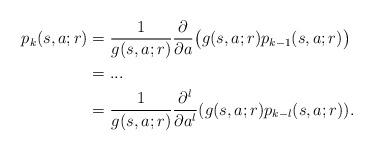
LaTeX: \begin{align*} p_k(s,a;r)&=\frac{1}{g(s,a;r)}\frac{\partial}{\partial a}\big(g(s,a;r)p_{k-1}(s,a;r)\big)\\ &=...\\ &= \frac{1}{g(s,a;r)}\frac{\partial^l}{\partial a^l}(g(s,a;r) p_{k-l}(s,a;r)).\end{align*}